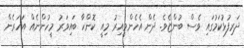
ދަރިފުޅުކަމުގައި ވެސް ބުންޏެވެ. ދެން އެހެންވީއިރު މިއީ ކޮންހާ ބައިވަރު މީހުންނެއް އަހަރެން